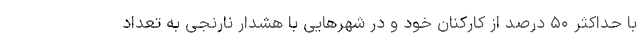
با حداکثر ۵۰ درصد از کارکنان خود و در شهرهایی با هشدار نارنجی به تعداد